Report of the Indian Hemp Drugs Commission, 1894-1895 - Volume I
Year: 1894
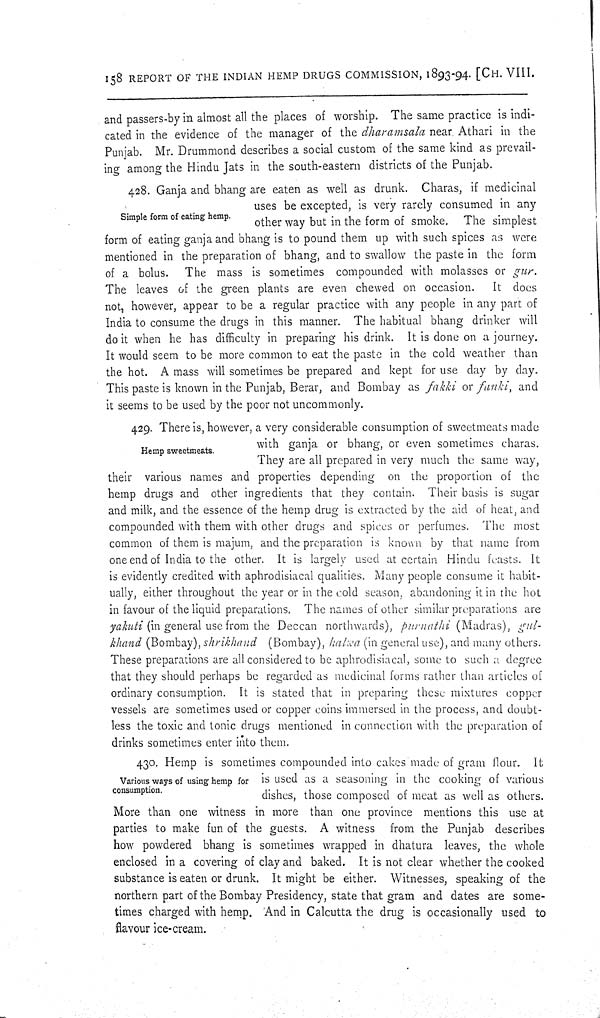
158 REPORT OF THE INDIAN HEMP DRUGS COMMISSION, 1893-94. [CH. VIII.
and passers-by in almost all the places of worship. The same practice is indi-
cated in the evidence of the manager of the dharamsala near Athari in the
Punjab. Mr. Drummond describes a social custom of the same kind as prevail-
ing among the Hindu Jats in the south-eastern districts of the Punjab.
Simple form of eating hemp.
428. Ganja and bhang are eaten as well as drunk. Charas, if medicinal
uses be excepted, is very rarely consumed in any
other way but in the form of smoke.
The simplest
form of eating ganja and bhang is to pound them up with such spices as were
mentioned in the preparation of bhang, and to swallow the paste in the form
of a bolus.
The mass is sometimes compounded with molasses or gur.
The leaves of the green plants are even chewed on occasion.
It docs
not, however, appear to be a regular practice with any people in any part of
India to consume the drugs in this manner. The habitual bhang drinker will
do it when he has difficulty in preparing his drink. It is done on a journey.
It would seem to be more common to eat the paste in the cold weather than
the hot. A mass will sometimes be prepared and kept for use day by day.
This paste is known in the Punjab, Berar, and Bombay as fakki or fanki,
and
it seems to be used by the poor not uncommonly.
Hemp sweetmeats.
429. There is, however, a very considerable consumption of sweetmeats made
with ganja or bhang, or even sometimes charas.
They are all prepared in very much the same way,
their various names and properties depending on the proportion of the
hemp drugs and other ingredients that they contain. Their basis is sugar
and milk, and the essence of the hemp drug is extracted by the aid of heat, and
compounded with them with other drugs and spices or perfumes. The most
common of them is majum, and the preparation is known by that name from
one end of India to the other. It is largely used at certain Hindu feasts. It
is evidently credited with aphrodisiacal qualities. Many people consume it habit-
ually, either throughout the year or in the cold season, abandoning it in the hot
in favour of the liquid preparations. The names of other similar preparations are
yakuti (in general use from the Deccan northwards), purnathi
(Madras), gul-
khand (Bombay), shrikhand
(Bombay), halwa (in general use), and many others.
These preparations are all considered to be aphrodisiacal, some to such a degree
that they should perhaps be regarded as medicinal forms rather than articles of
ordinary consumption. It is stated that in preparing these mixtures copper
vessels are sometimes used or copper coins immersed in the process, and doubt-
less the toxic and tonic drugs mentioned in connection with the preparation of
drinks sometimes enter into them.
Various ways of using hemp for
consumption.
430. Hemp is sometimes compounded into cakes made of gram flour. It
is used as a seasoning in the cooking of various
dishes, those composed of meat as well as others.
More than one witness in more than one province mentions this use at
parties to make fun of the guests. A witness
from the Punjab describes
how powdered bhang is sometimes wrapped in dhatura leaves, the whole
enclosed in a covering of clay and baked. It is not clear whether the cooked
substance is eaten or drunk. It might be either. Witnesses, speaking of the
northern part of the Bombay Presidency, state that gram and dates are some-
times charged with hemp. And in Calcutta the drug is occasionally used to
flavour ice-cream.